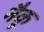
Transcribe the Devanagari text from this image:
नैकू